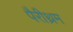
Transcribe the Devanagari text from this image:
पैरीथ्रम